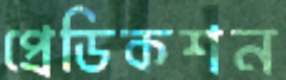
প্রেডিকশন